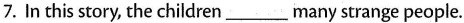
7.In this story, the children___many strange people.